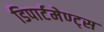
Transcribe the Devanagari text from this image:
डिपार्टमेण्ट्स